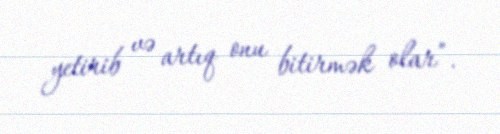
yetirib və artıq onu bitirmək olar”.